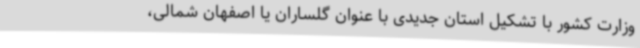
وزارت کشور با تشکیل استان جدیدی با عنوان گلساران یا اصفهان شمالی،